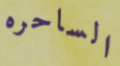
الساحره